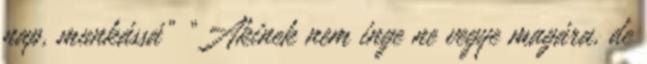
nap, munkássá” “Akinek nem inge ne vegye magára, de